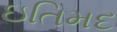
ઇતિમદ